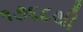
૧૭૬૮થી